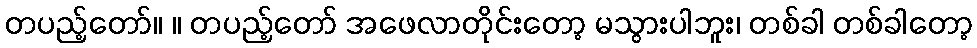
တပည့်တော်။ ။ တပည့်တော် အဖေလာတိုင်းတော့ မသွားပါဘူး၊ တစ်ခါ တစ်ခါတော့